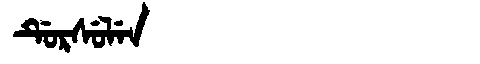
Manchu: ᡩᡠᡵᠰᡠᠯᡝᠨ
Romanization: DURSULEN